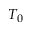
T _ { 0 }